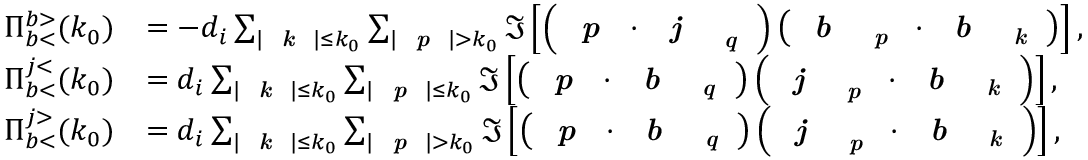
\begin{array} { r l } { \Pi _ { b < } ^ { b > } ( k _ { 0 } ) } & { = - d _ { i } \sum _ { | \textit { \textbf { k } } | \leq k _ { 0 } } \sum _ { | \textit { \textbf { p } } | > k _ { 0 } } \Im \left[ \left( \textit { \textbf { p } } \cdot \textit { \textbf { j } } _ { \textit { \textbf { q } } } \right) \left( \textit { \textbf { b } } _ { \textit { \textbf { p } } } \cdot \textit { \textbf { b } } _ { \textit { \textbf { k } } } \right) \right] , } \\ { \Pi _ { b < } ^ { j < } ( k _ { 0 } ) } & { = d _ { i } \sum _ { | \textit { \textbf { k } } | \leq k _ { 0 } } \sum _ { | \textit { \textbf { p } } | \leq k _ { 0 } } \Im \left[ \left( \textit { \textbf { p } } \cdot \textit { \textbf { b } } _ { \textit { \textbf { q } } } \right) \left( \textit { \textbf { j } } _ { \textit { \textbf { p } } } \cdot \textit { \textbf { b } } _ { \textit { \textbf { k } } } \right) \right] , } \\ { \Pi _ { b < } ^ { j > } ( k _ { 0 } ) } & { = d _ { i } \sum _ { | \textit { \textbf { k } } | \leq k _ { 0 } } \sum _ { | \textit { \textbf { p } } | > k _ { 0 } } \Im \left[ \left( \textit { \textbf { p } } \cdot \textit { \textbf { b } } _ { \textit { \textbf { q } } } \right) \left( \textit { \textbf { j } } _ { \textit { \textbf { p } } } \cdot \textit { \textbf { b } } _ { \textit { \textbf { k } } } \right) \right] , } \end{array}